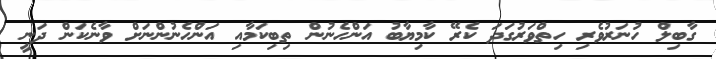
ގާބިލް ހުނަރުވެރި ހިތްވަރުގަދަ ކެރޭ ކާމިޔާބު އަންހެނުން ތިބިކަމާއި އަންހެނުންނަށް ވާނެކަން ދަނީ